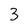
Character: 3